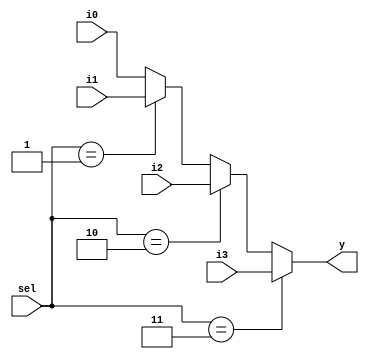
////////////////////////////////////////////////////////////////////////////////
//                              ARM Architecture:	                    		      //	
// 		                      MUX 4 input 1 out put 32bit                        //
// Revision by: Amirmahdi Joudi						                                         //
////////////////////////////////////////////////////////////////////////////////

module mux4to1_32b (i0, i1, i2, i3, sel, y);
  input [31:0] i0, i1, i2, i3;
  input [1:0]sel;
  output [31:0] y;
  
  assign y = (sel==2'b11) ? i3 :
             (sel==2'b10) ? i2 :
             (sel==2'b01) ? i1: i0;
  
endmodule